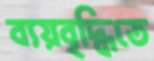
ব্যয়বৃদ্ধিতে